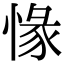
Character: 㥟